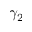
\gamma _ { 2 }